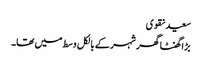
سعید نقوی
بڑا گھنٹا گھر شہر کے بالکل وسط میں تھا۔